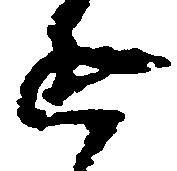
進